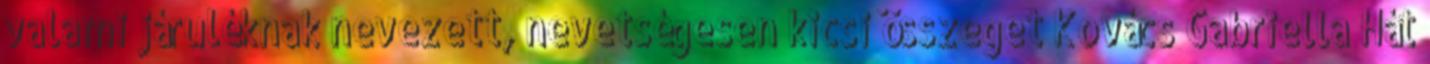
valami járuléknak nevezett, nevetségesen kicsi összeget Kovács Gabriella Hát